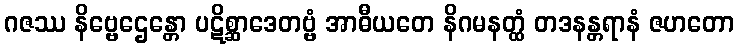
ဂဇဿ နိဗ္ဗေဌေန္တော ပဋိစ္ဆာဒေတဗ္ဗံ အာဓီယတေ နိဂမနတ္ထံ တဒနန္တရာနံ ဇဟတော